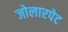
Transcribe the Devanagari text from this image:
जोलारपेट